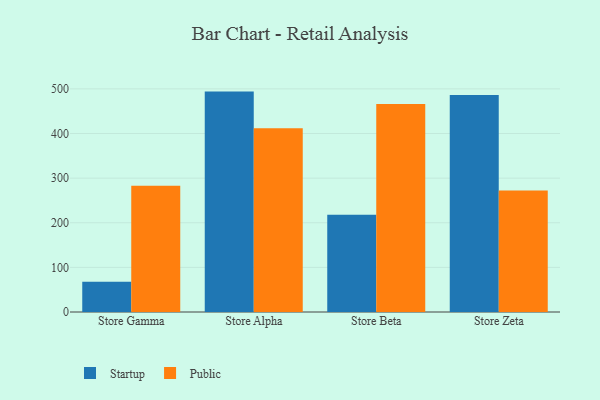
{"axis": {"x": "Store", "y": "Latency (ms)"}, "legend": ["Public", "Startup"], "data": [{"x": "Store Gamma", "y": 67.7, "type": "Startup"}, {"x": "Store Gamma", "y": 282.9, "type": "Public"}, {"x": "Store Alpha", "y": 493.9, "type": "Startup"}, {"x": "Store Alpha", "y": 411.8, "type": "Public"}, {"x": "Store Beta", "y": 217.9, "type": "Startup"}, {"x": "Store Beta", "y": 466.3, "type": "Public"}, {"x": "Store Zeta", "y": 486.3, "type": "Startup"}, {"x": "Store Zeta", "y": 272.2, "type": "Public"}]}